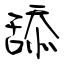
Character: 舔